Report on malaria in the Punjab during the year ...  together with an account of the work of the Punjab Malaria Bureau - Volume 4
Disease focus: Malaria
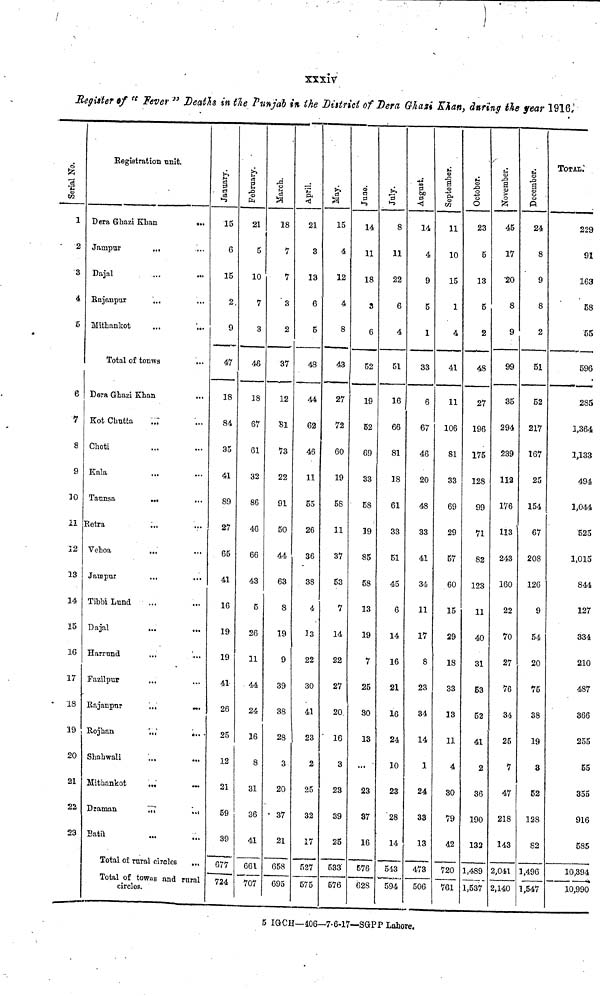
XXXIV
Register of " Fever " Deaths in the Punjab in the Dittrict of Dera Glazi Khan, daring the fear 1916.
1
2
3
4
5
6
7
8
9
10
11
12
13
14
15
16
17
18
19
20
21
2%
23
Registration unit.
Dera Ghazi Khan
...
Jampur
...
Dajal
Rajanpur
Mithankot
...
...
Total of tonws
Dera Ghazi Khan
Kot Chutta ...
Choti
kala
Taunsa
..
Retra
...
Vehoa
...
Jampur
...
Tibbi Lund
Dajal
Harrund
...
Fazilpur
Rajanpur
...
...
Rojhan
...
...
Shahwali
Mithankot
... ...
Draman
...
...
Batil
Total of rural circles
...
Total of towns and rural
circles.
January.
15
6
15
2.
9
47
18
84
35
41
89
27
65
41
16
19
19
41
26
25
12
21
59
39
677
724
February.
21
5
10
7
3
46
18
67
61
32
86
46
66
43
5
26
11
44
24
16
8
31
36
41
661
707
March.
I
18
7
7
3
2
37
12
81
73
22
91
50
44
63
8
19
9
39
38
28
3
20
• 37
21
658
695
April.
21
3
13
6
5
48
44
62
46
11
55
26
36
38
4
13
22
30
41
23
2
25
32
17
527
575
May.
15
4
12
4
8
43
27
72
60
19
58
11
37
53
7
14
22
27
20
16
3
23
39
25
533
576
5 IGCH—406—7.6.
June.
14
11
18
3
6
52
19
52
69
33
58
39
85
58
13
19
7
25
30
13
...
23
37
16
576
628
8
11
22
6
4
51
16
66
81
18
61
33
51
45
6
14
16
21
16
24
10
23
28
14
543
594
14
4
9
5
1
33
6
67
46
20
48
33
41
34
11
17
8
23
34
14
1
24
33
13
473
506
17—SGPP Lahore.
September.
11
10
15
1
4
41
11
106
81
33
69
29
57
60
15
29
18
33
13
11
4
30
79
42
720
761
October.
23
5
13
5
2
48
27
196
175
128
99
71
82
123
11
40
31
53
52
41
2
36
190
132
1,489
1,537
November.
45
17
20
8
9
99
35
294
239
112
176
113
243
160
22
70
27
76
34
25
7
47
218
143
2,041
2,140
December.
24
8
9
8
2
51
52
217
167
25
154
67
208
126
9
54
20
75
38
19
3
52
128
82
1,496
1,547
Total.
229
91
163
58
55
596
285
1,364
1,133
494
1,044
525
1,015
844
127
334
210
487
366
255
55
355
916
585
10,394
10,990